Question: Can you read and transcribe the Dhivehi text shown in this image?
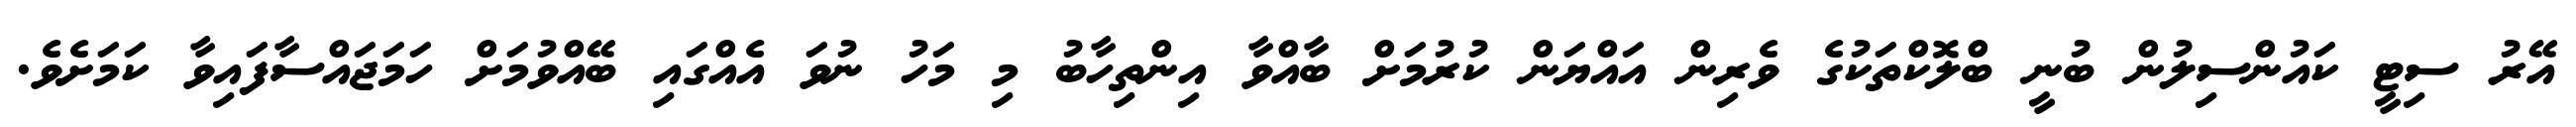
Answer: އޭރު ސިޓީ ކައުންސިލުން ބުނީ ބްލޮކްތަކުގެ ވެރިން އައްޔަން ކުރުމަށް ބާއްވާ އިންތިހާބު މި މަހު ނުވަ އެއްގައި ބޭއްވުމަށް ހަމަޖައްސާފައިވާ ކަމަށެވެ.